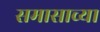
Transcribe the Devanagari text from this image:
समासाच्या